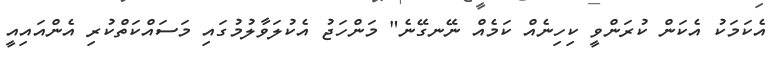
އެކަމަކު އެކަން ކުރަންވީ ކިހިނެއް ކަމެއް ނޭނގޭނެ" މަންހަޖު އެކުލަވާލުމުގައި މަސައްކަތްކުރި އެންއައިއީ